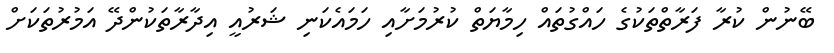
ބޭނުން ކުރާ ފަރާތްތަކުގެ ހައްގުތައް ހިމާޔަތް ކުރުމަށާއި ހަމައެކަނި ޝަރުއީ އިދާރާތަކުންދޭ އަމުރުތަކަށް